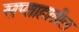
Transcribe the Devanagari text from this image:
सप्ताहातील